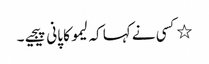
٭کسی نے کہا کہ لیمو کا پانی پیجیے۔